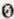
0